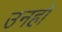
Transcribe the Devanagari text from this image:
उनहों